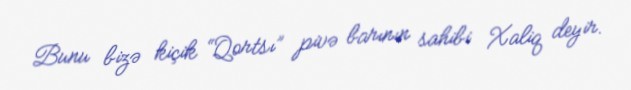
Bunu bizə kiçik “Qortsı” pivə barının sahibi Xaliq deyir.